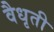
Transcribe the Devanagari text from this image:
वैधृती